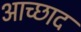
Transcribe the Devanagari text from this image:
आच्छाद